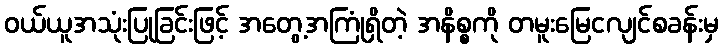
ဝယ်ယူအသုံးပြုခြင်းဖြင့် အတွေ့အကြုံရှိတဲ့ အနိစ္စကို တမူးမြေငလျင်စခန်းမှ